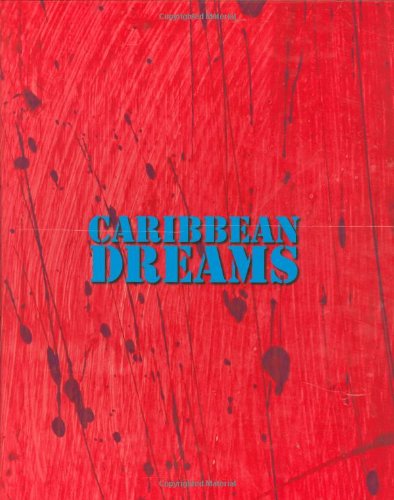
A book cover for Caribbean Dreams: Virgin Gorda, British Virgin Islands; Regine Hodeige; Travel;